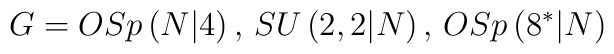
G=OSp\left( N|4\right) ,\,SU\left( 2,2|N\right) ,\,OSp\left( 8^{\ast}|N\right)